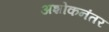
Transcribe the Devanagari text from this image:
अशोकनंतर